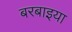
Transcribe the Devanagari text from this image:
बरबाइया